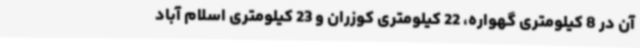
آن در 8 کیلومتری گهواره، 22 کیلومتری کوزران و 23 کیلومتری اسلام آباد